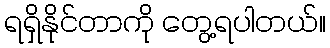
ရရှိနိုင်တာကို တွေ့ရပါတယ်။